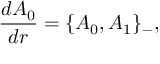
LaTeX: \frac { d A _ { 0 } } { d r } = \{ A _ { 0 } , A _ { 1 } \} _ { - } ,